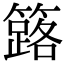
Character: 簬